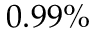
0 . 9 9 \%